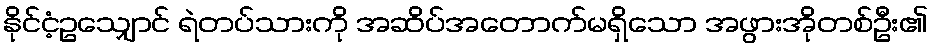
နိုင်ငံ့ဥသျှောင် ရဲတပ်သားကို အဆိပ်အတောက်မရှိသော အဖွားအိုတစ်ဦး၏